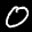
Label: 0